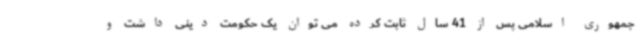
جمهوری اسلامی پس از 41 سال ثابت کرده می توان یک حکومت دینی داشت و